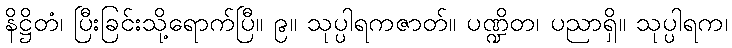
နိဋ္ဌိတံ၊ ပြီးခြင်းသို့ရောက်ပြီ။ ၉။ သုပ္ပါရကဇာတ်။ ပဏ္ဍိတ၊ ပညာရှိ။ သုပ္ပါရက၊